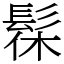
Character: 髹